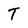
Character: T